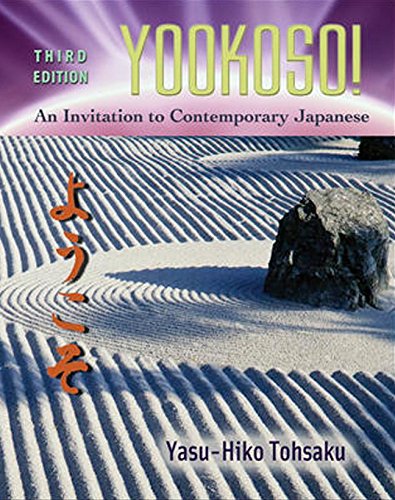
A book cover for Yookoso! Invitation to Contemporary Japanese Student Edition with Online Learning Center Bind-In Card; Yasu-Hiko Tohsaku; Education & Teaching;